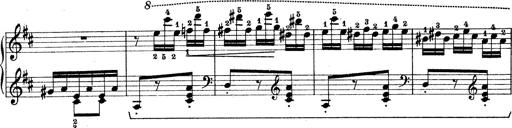
Title: Rapsodie: 19 ungheresi, 1 spagnuola
Composer: Franz Liszt